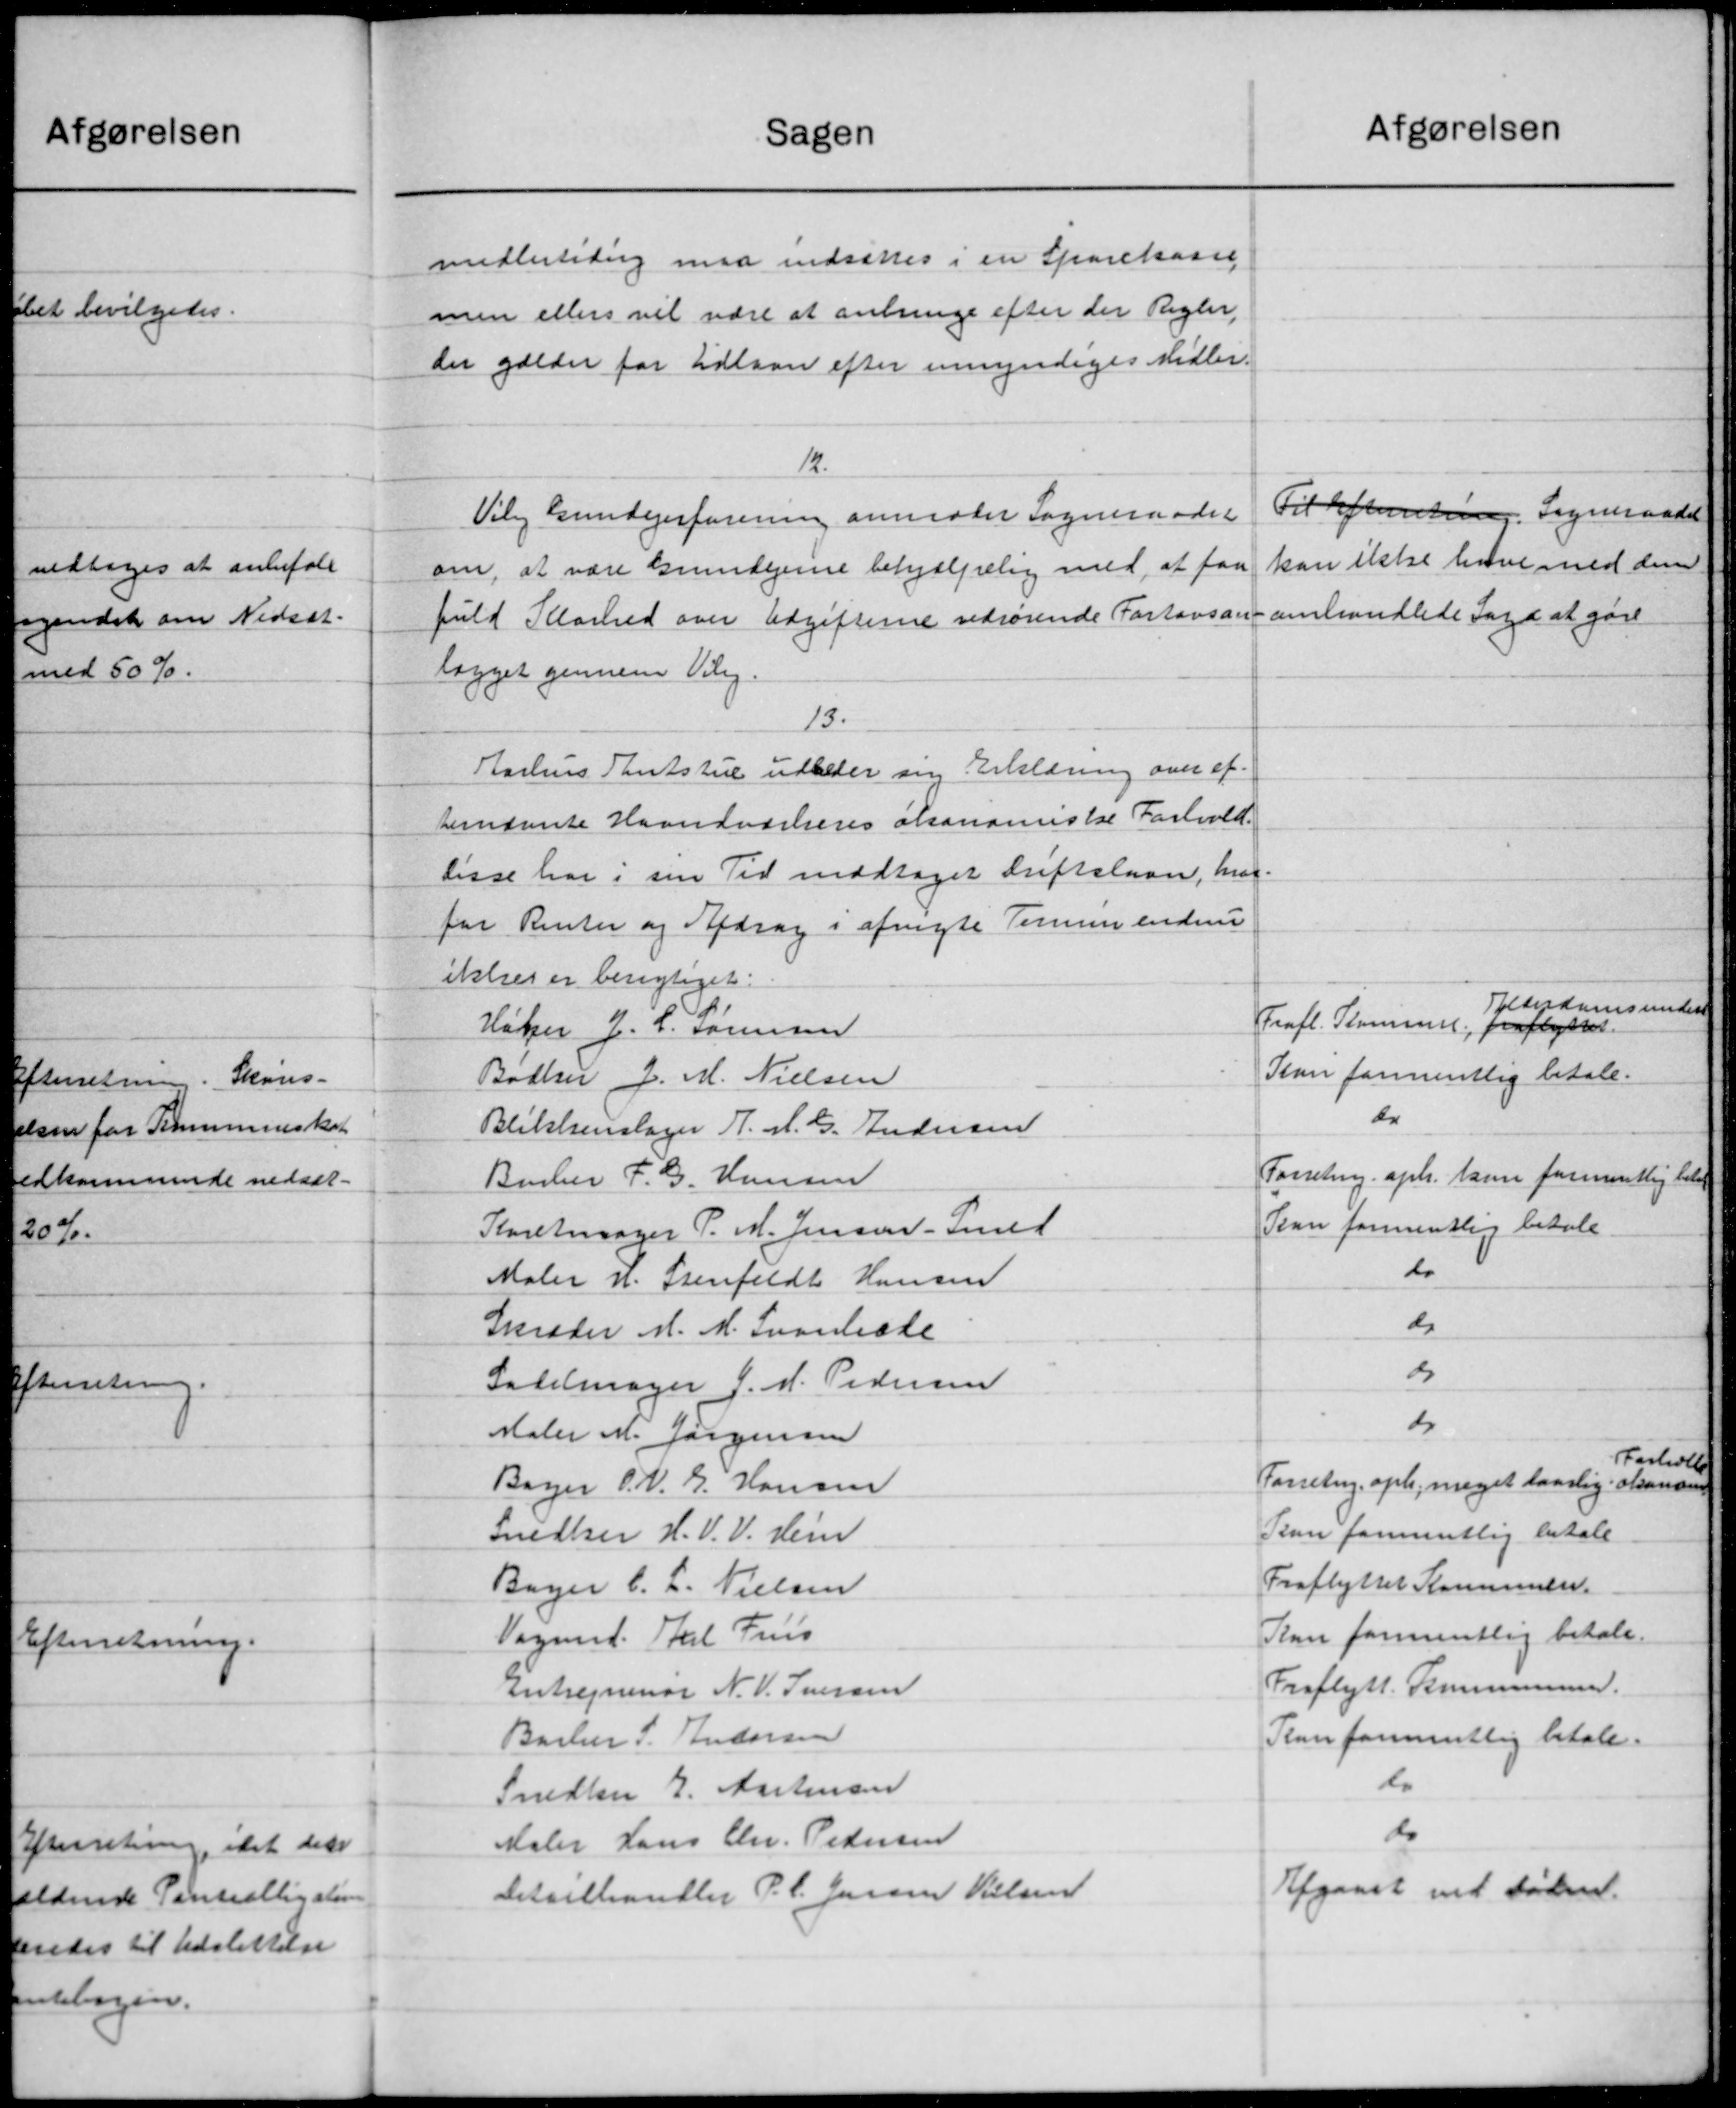
Transskription:
Sagen
midlertidig maa indsættes i en Sparekasse
men ellers vil være at anbringe efter der Regler
der gælder for tidlaan efter umyndiges Midler.
12.
Viby kundejerforening anmoder Sogneraadet
om, at være Grundejerne behjælpelig med at faa
fuld Klarhed over Udgifterne vedrørende Fortovsan-
lægget gennem Velg
13.
Aarhus Thutstue udbeder sig Erklæring over af-
hernævnte Haandværkeres økonomiske Forhold.
lisse har i sin Tid modtaget driftslaan, hvor
for Renter og Afdrag i afvigte Timmer endnu
ikke er berigtiget:
Høker J. P. Sørensen
Bødker J. M. Nielsen
Blikkenslager H. M. G. Andersen
Benker F. G. Hansen
Karetmager P. M. Jensen - Smed
Maler N. Stenfeldt Hansen
Skræder d. M. Svaneste
Sadelmager J. M. Pedersen
Maler M. Jørgensen
Bayer O. N. G. Hansen
Snedker H. V. V. Hein
Bager C. L. Nielsen
Vagnet. Karl Friis
entregnenør N. V. Iversen
Barker S. Andersen
Snedker E. Antensen
Maler Hans Chr. Pedersen
Detailhandler P. C. Jensen Nielsen